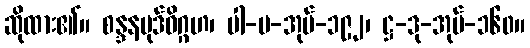
ဆိုထား၏။ စန္ဒနပုဒ်ဝိဂ္ဂဟ၊ ပါ-ပ-အုပ်-၁၉၂၊ ဋ္ဌ-ဒု-အုပ်-၁၆၀။